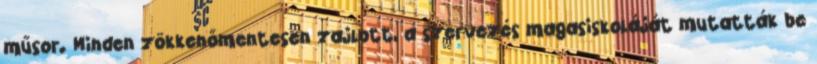
műsor. Minden zökkenőmentesen zajlott, a szervezés magasiskoláját mutatták be